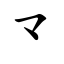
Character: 龴